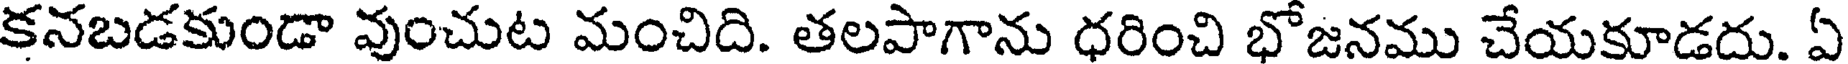
కనబడకుండా వుంచుట మంచిది. తలపాగాను ధరించి భోజనము చేయకూడదు. ఏ